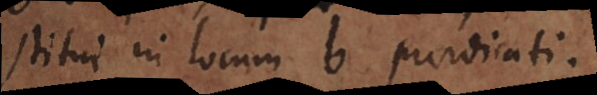
stitui in locum b praedicati.